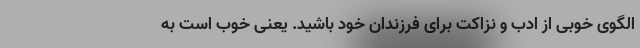
الگوی خوبی از ادب و نزاکت برای فرزندان خود باشید. یعنی خوب است به